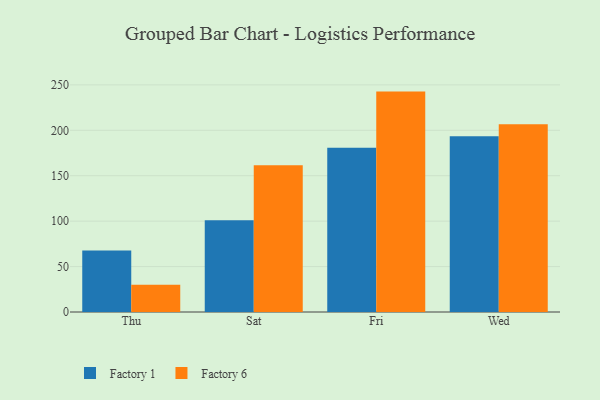
{"axis": {"x": "Day", "y": "Backlog"}, "legend": ["Factory 1", "Factory 6"], "data": [{"x": "Thu", "y": 67.8, "type": "Factory 1"}, {"x": "Thu", "y": 29.9, "type": "Factory 6"}, {"x": "Sat", "y": 100.9, "type": "Factory 1"}, {"x": "Sat", "y": 161.4, "type": "Factory 6"}, {"x": "Fri", "y": 180.8, "type": "Factory 1"}, {"x": "Fri", "y": 242.6, "type": "Factory 6"}, {"x": "Wed", "y": 193.4, "type": "Factory 1"}, {"x": "Wed", "y": 206.7, "type": "Factory 6"}]}